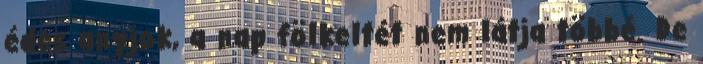
édes anyjok, a nap fölkeltét nem látja többé. De